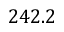
2 4 2 . 2